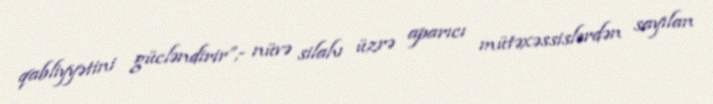
qabliyyətini gücləndirir”,- nüvə silahı üzrə aparıcı mütəxəssislərdən sayılan